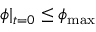
\phi | _ { t = 0 } \leq \phi _ { \mathrm { m a x } }